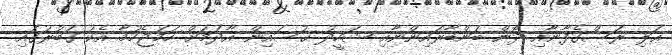
ޢަލި ރަސްގެފާނާއި ދޮން ބަންޑާރައިންނާއި ޝަހީދު ޙުސައިން އާދަމަށް ހަމަޖެހުމާ އެކު ގަބުރުގައި